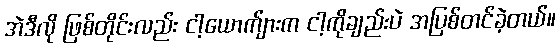
အဲဒီလို ဖြစ်တိုင်းလည်း ငါ့ယောက်ျားက ငါ့ကိုချည်းပဲ အပြစ်တင်ခဲ့တယ်။